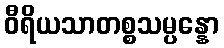
ဝီရိယသာတစ္စသမ္ပန္နော